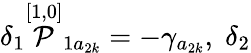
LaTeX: \delta_{1}\stackrel{[1,0]}{\cal P}_{1a_{2k}}=-\gamma_{a_{2k}},\; \delta_{2}